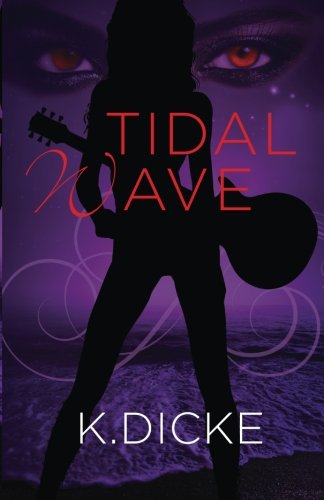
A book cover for Tidal Wave (Tide Series) (Volume 2); K. Dicke; Science Fiction & Fantasy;